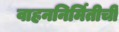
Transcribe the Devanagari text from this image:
वाहननिर्मितीची